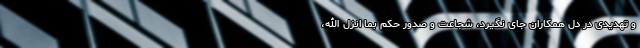
و تهدیدی در دل همکاران جای نگیرد، شجاعت و صدور حکم بما انزل الله،